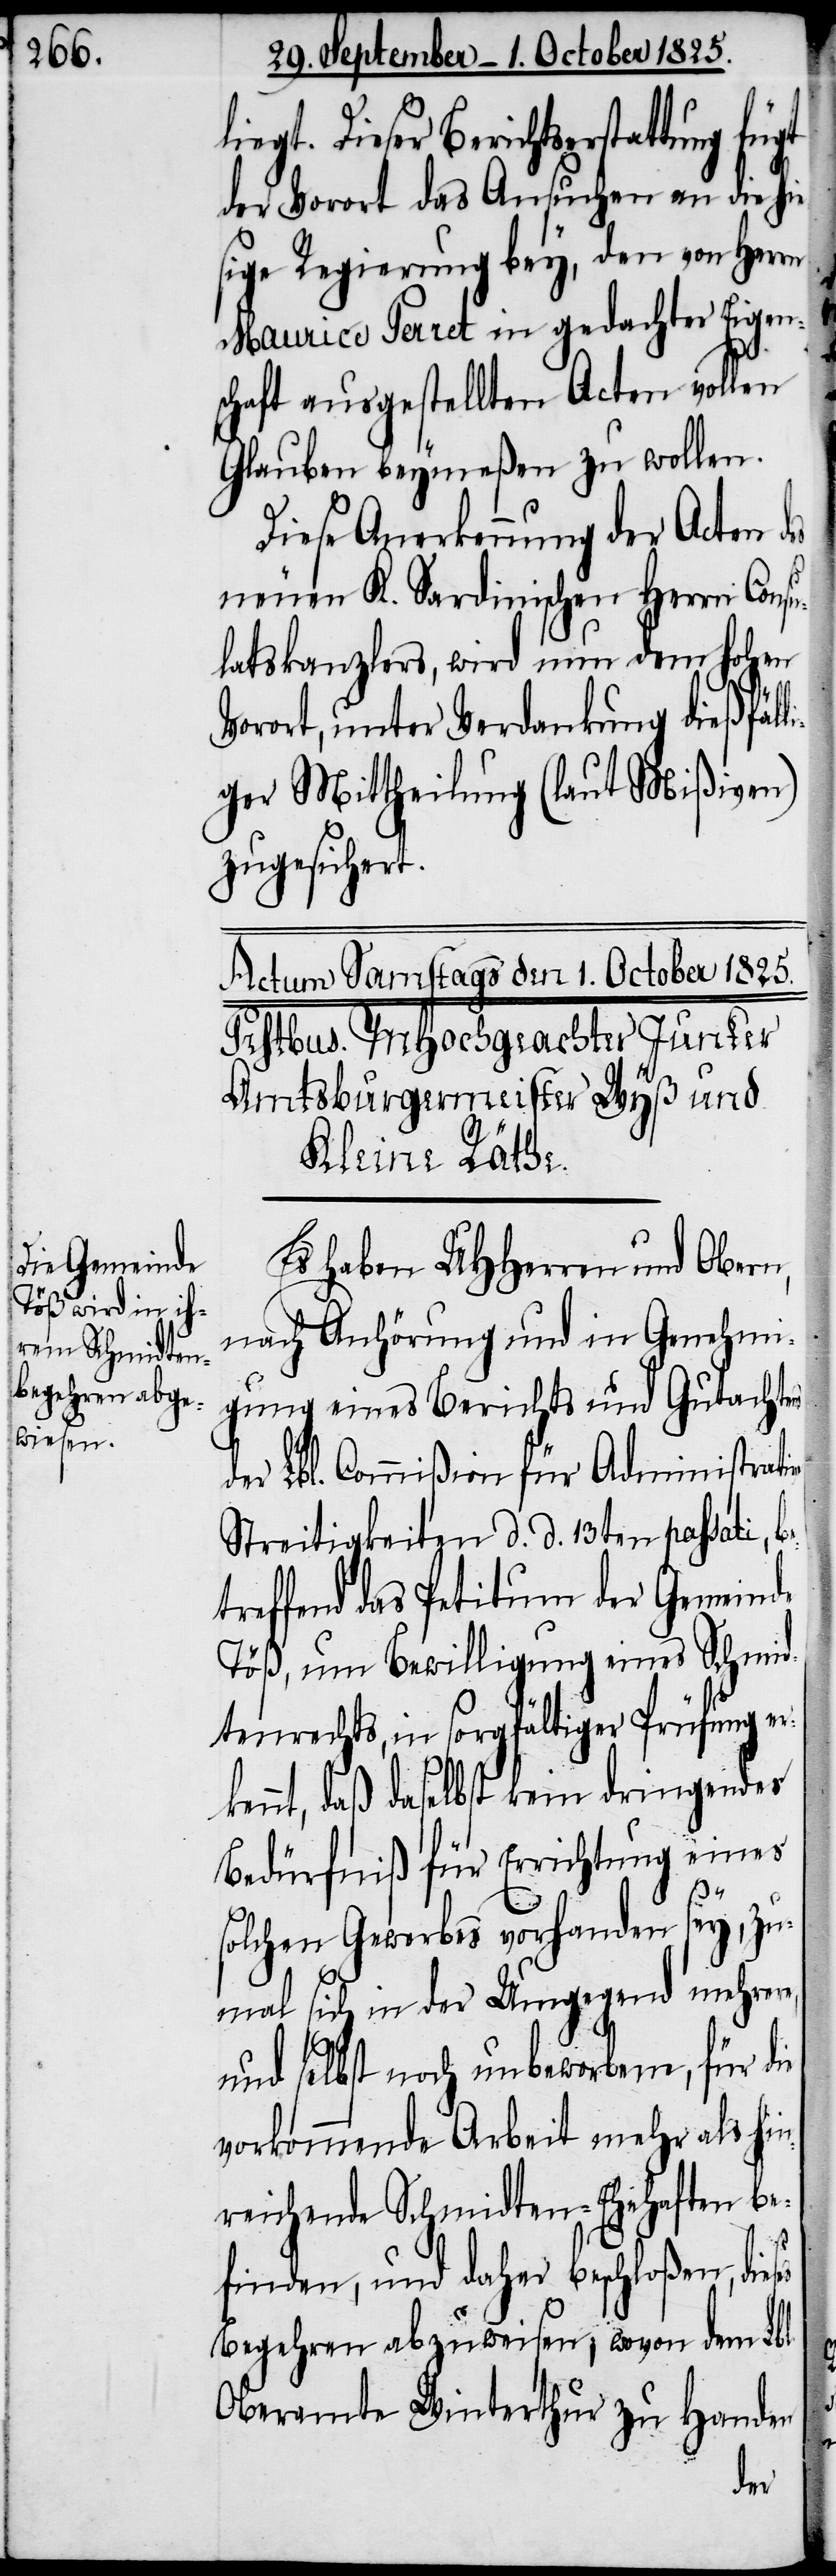
Dieser Berichtserstattung fügt
der Vorort das Ansuchen an die hie¬
sige Regierung bey, den von Herrn
Maurice Perret in gedachter Eigen¬
schaft ausgestellten Acten vollen
Glauben beymeßen zu wollen.
Diese Anerkennung der Acten d¬
neuen K. Sardinischen Herrn Consu¬
latskanzlers, wird nun dem hohen
Vorort, unter Verdankung dießfäll¬
iger Mittheilung (laut Mißiven)
zugesichert.
Es haben UHHerren und Obern,
nach Anhörung und in Genehmi¬
gung eines Berichts und Gutachtens
der Lbl. Commißion für Administrative
Streitigkeiten d. d. 13ten passati,
reffend das Petitum der Gemeinde
Töß, um Bewilligung eines Schmid¬
tenrechts, in sorgfältiger Prüfung er¬
kennt, daß daselbst kein dringendes
Bedürfniß für Errichtung eines
solchen Gewerbes vorhanden sey, zu¬
mal sich in der Umgegend mehrer
und selbst noch unbeworbene, für die
vorkommende Arbeit mehr als hin¬
reichende Schmidten-Ehehaften be¬
es
finden, und daher beschloßen, dies¬
Begehren abzuweisen, wovon dem Lbl.
Oberamte Winterthur zu Handen